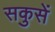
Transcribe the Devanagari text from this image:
सकुसें